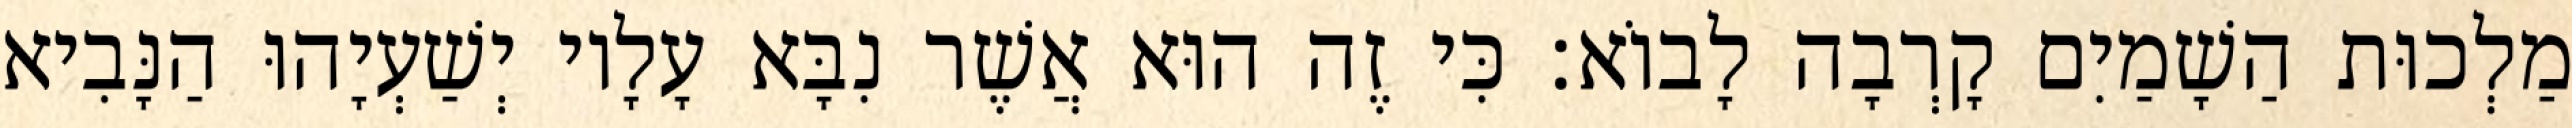
מַלְכוּת הַשָׁמַיִם קָרְבָה לָבוֹא׃ כִּי זֶה הוּא אֲשֶׁר נִבָּא עָלָיו יְשַׁעְיָהוּ הַנָּבִיא